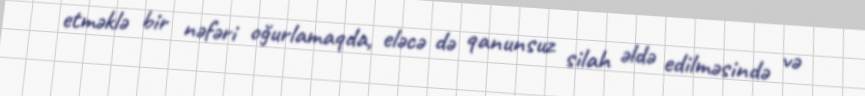
etməklə bir nəfəri oğurlamaqda, eləcə də qanunsuz silah əldə edilməsində və